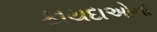
ફાયદાઓનો